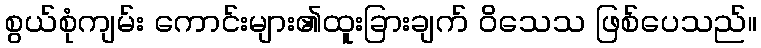
စွယ်စုံကျမ်း ကောင်းများ၏ထူးခြားချက် ဝိသေသ ဖြစ်ပေသည်။